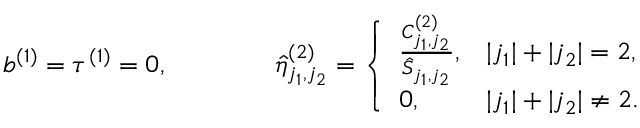
b ^ { ( 1 ) } = \tau ^ { ( 1 ) } = 0 , \qquad \qquad \hat { \eta } _ { j _ { 1 } , j _ { 2 } } ^ { ( 2 ) } = \left\{ \begin{array} { l l } { \frac { C _ { j _ { 1 } , j _ { 2 } } ^ { ( 2 ) } } { \hat { S } _ { j _ { 1 } , j _ { 2 } } } , } & { | j _ { 1 } | + | j _ { 2 } | = 2 , } \\ { 0 , } & { | j _ { 1 } | + | j _ { 2 } | \neq 2 . } \end{array} \right.